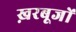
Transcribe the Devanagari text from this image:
ख़रबूजों